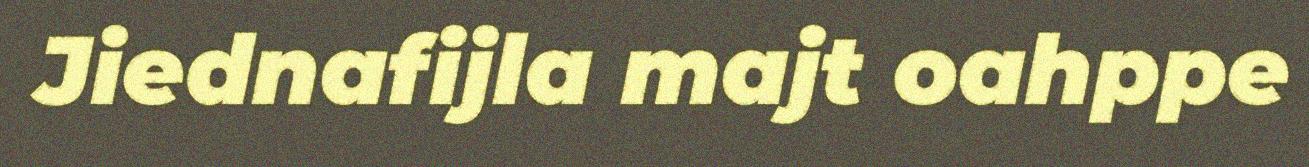
Jiednafijla majt oahppe